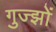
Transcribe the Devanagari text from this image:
गुज्झों